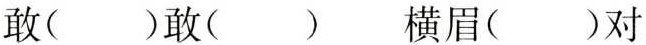
敢( )敢( ) 横眉( )对